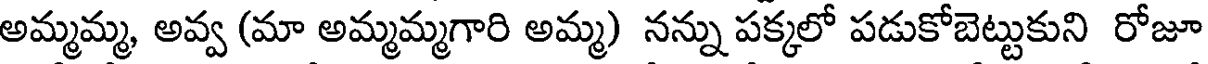
అమ్మమ్మ, అవ్వ (మా అమ్మమ్మగారి అమ్మ) నన్ను పక్కలో పడుకోబెట్టుకుని రోజూ